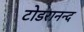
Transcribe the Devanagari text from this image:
टोडरानन्द